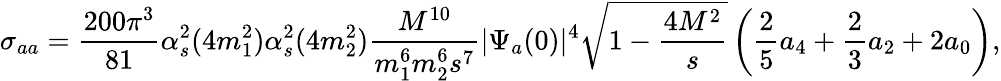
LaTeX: \sigma_{aa}=\frac{200\pi^{3}}{81}\alpha_{s}^{2}(4m_{1}^{2})\alpha_{s}^{2}(4m_{2}^{2})\frac{M^{10}}{m_{1}^{6}m_{2}^{6}s^{7}}|\Psi_{a}(0)|^{4}\sqrt{1-\frac{4M^{2}}{s}}\left(\frac{2}{5}a_{4}+\frac{2}{3}a_{2}+2a_{0}\right),